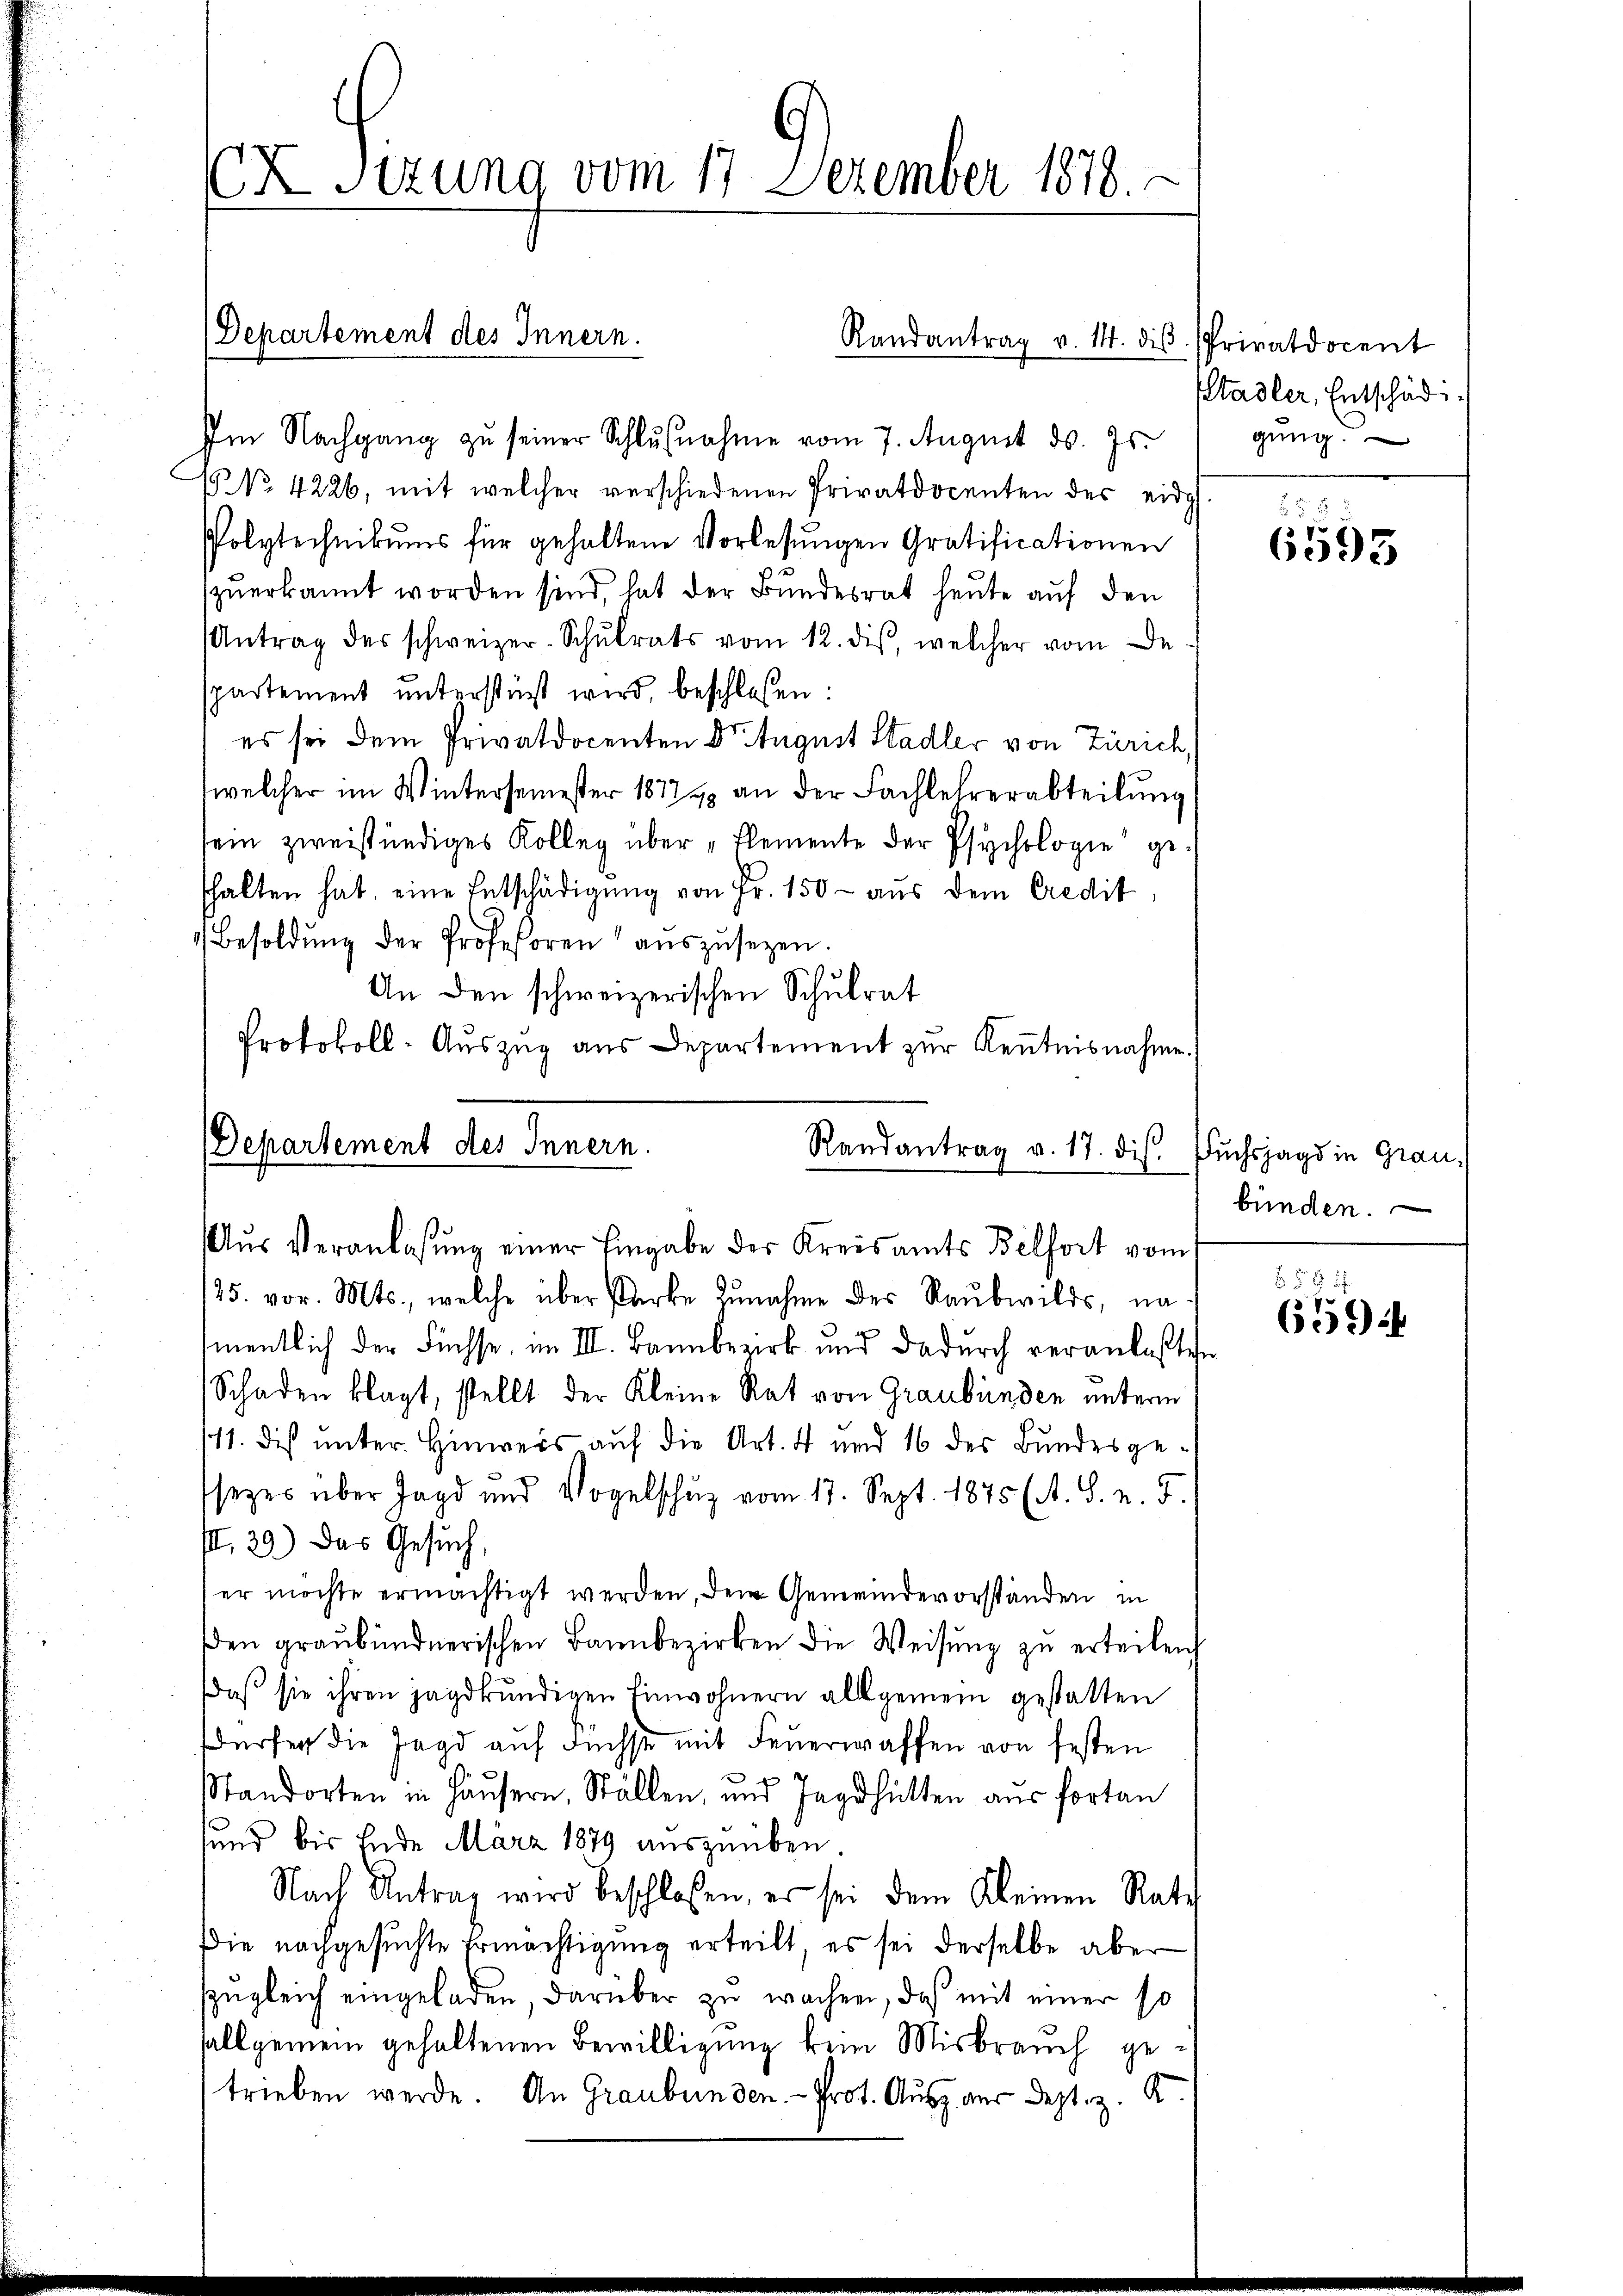
X Sizung vom 17. Dezember 1878.

Im Nachgang zu seiner Schlußnahme vom 7. August d. Js.
 NNo. 4226, mit welcher verschiedenen Privatdocenten des eidg
Polytechnikums für gehaltene Vorlesungen Gratificationen
zŭerkannt worden sind, hat der Bundesrat heute auf den
Antrag des schweizer-Schŭlrats vom 12. dis, welcher vom De-
spartement unterstüzt wird, beschlossen:
es sei dem Privatdocenten Dr. August Stadler von Zürich,
welcher im Wintersemester 1872 an der Fachlehrerabteilŭng
sein zweistündiges Kolleg über „Elemente der Psychologie gefhalten hat, eine Entschädigŭng von Fr. 150- aŭs dem Credit,
Besoldŭng der Profeßoren aŭszŭsezen.
An den schweizerischen Schulrat
Protokoll-Auszug aus Departement zur Kenntnisnahme

Departement des Innern.

Randantrag v. 14. diβ Privatdocent

Departement des Innern.
Randantrag v. 17. ds. Fŭchsjagd in Grau-
Aŭs Veranlassŭng einer Eingabe der Kreisamts Belfort vom
25. vor. Mts., welche über starke Zunahme der Raŭbwilds, na

amentlich der Füchse, im III. Bannbezirk und dadurch veranlaßten
Schaden klagt, stellt der Kleine Rat von Graubünden unterm
111. dis unter Hinweis auf die Art. 4 und 16 des Bundesgesezes über Jagd und Vogelschŭz vom 17. Sept. 1875 (A. S. v. 5.
II.29) Das Gesuch,
er möchte ermächtigt werden, dem Gemeindevorständen in
den graubündnerischen Bannbezirken die Weisŭng zŭ erteilen
Daβ sie ihren jagdkŭndigen Einwohnern allgemein gestatten
Würfer die Jagd auf Füchse mit Feuerwaffen von festen
e
.
Standorten in Häŭsern, Ställen, und sage hätten aus fortan
sund bis Ende März 1879 auszuüben.
Nach Antrag wird beschloßen, er sei dem Kleinen Rate
Die nachgesuchte Ermächtigung erteilt, es sei derselbe aber
szŭgleich eingeladen, darüber zu wachen, daß mit einer so
allgemein gehaltenen Bewilligung kein Misbrauch getrieben werde. An Graubünden Prot. Ausz aus dept. z. K

Stadler, Entschäd
gŭng.

5 x
6595

bünden.

5 x 4
694